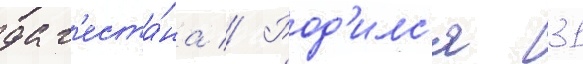
даг'еста́на // Род'илс'я 31